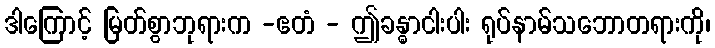
ဒါကြောင့် မြတ်စွာဘုရားက -ဧတံ - ဤခန္ဓာငါးပါး ရုပ်နာမ်သဘောတရားကို၊